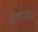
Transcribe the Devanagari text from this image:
काननोज